画像に写った文字を読んでください
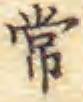
「常」と書いてあります